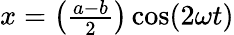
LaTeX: x=\left({\begin{array}{l}{{\frac{a-b}{2}}}\end{array}}\right)\cos(2\omega t)